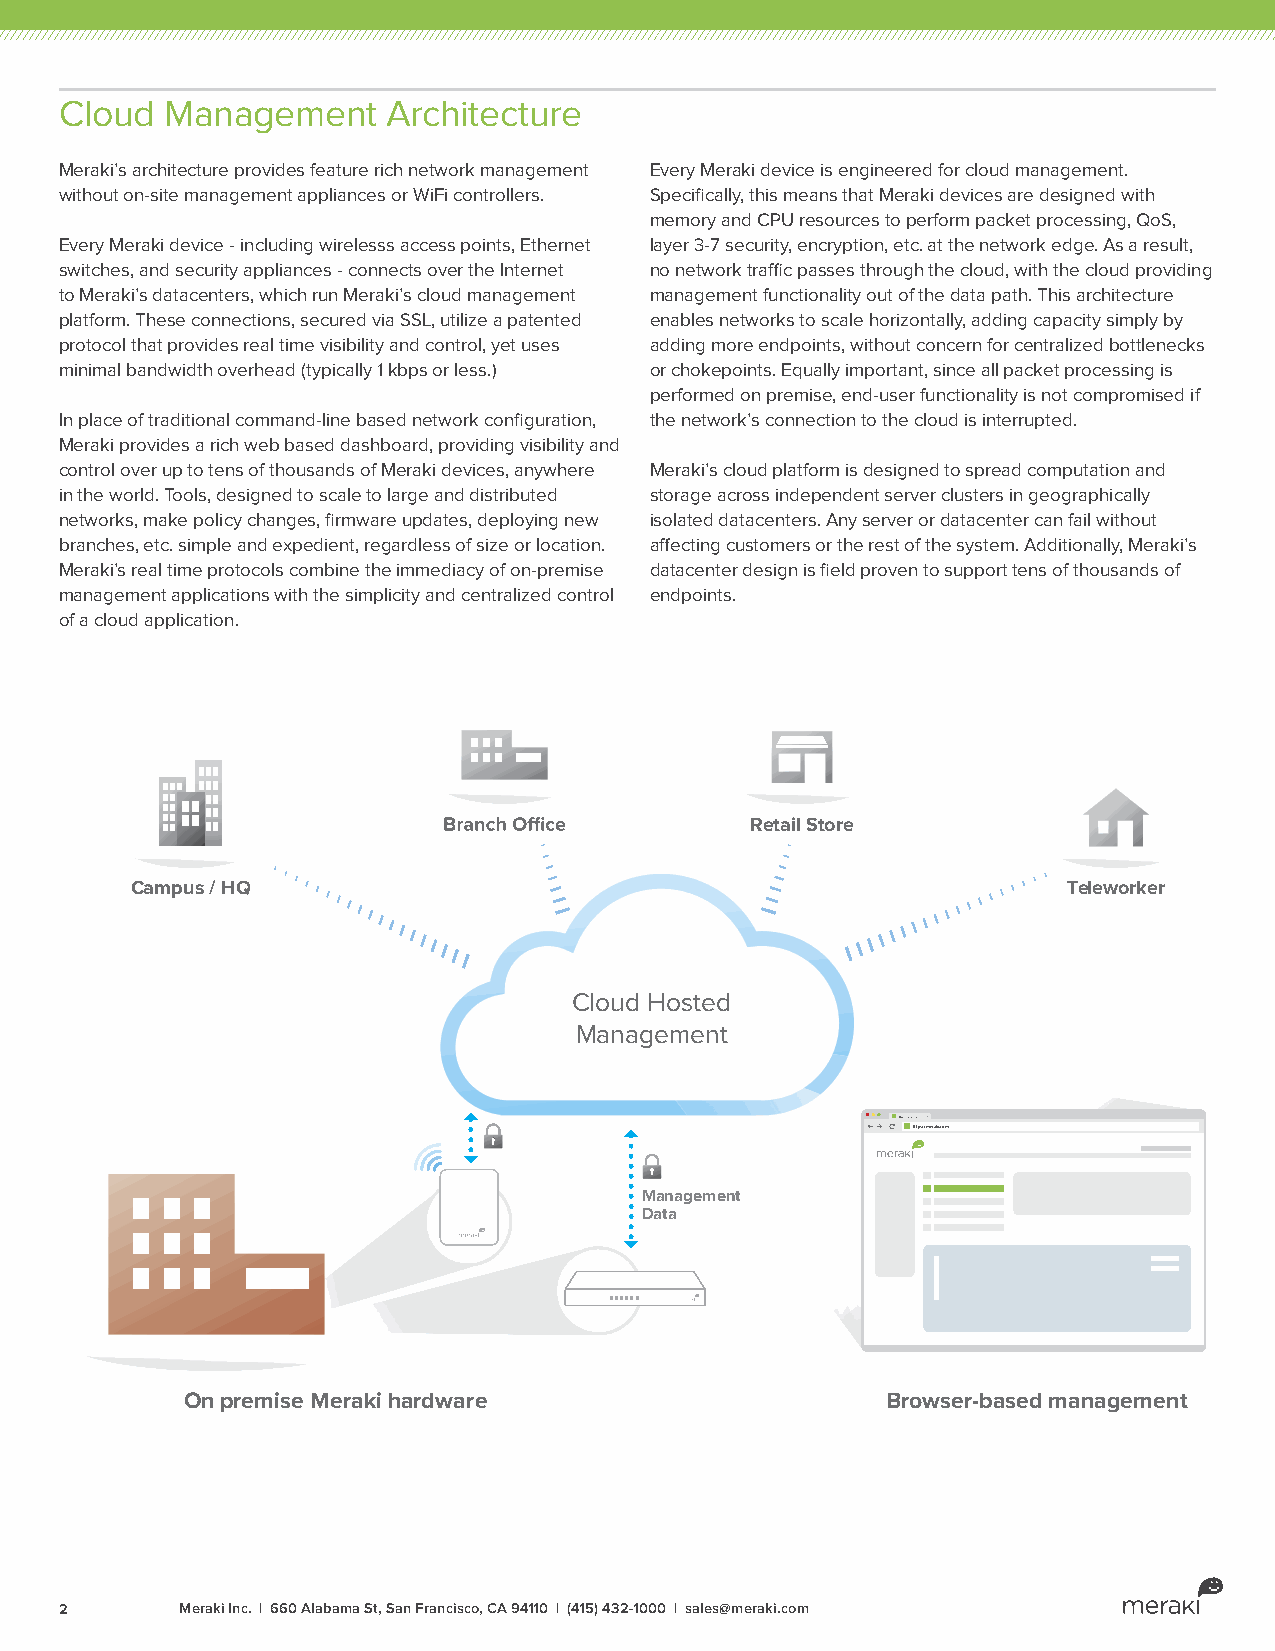
Cloud  Management     Architecture
 Meraki’s architecture provides feature rich network management Every Meraki device is engineered for cloud management.
 without on-site management appliances or WiFi controllers. Specifically, this means that Meraki devices are designed with
 memory and CPU resources to perform packet processing, QoS,
 Every Meraki device - including wirelesss access points, Ethernet layer 3-7 security, encryption, etc. at the network edge. As a result,
 switches, and security appliances - connects over the Internet no network traffic passes through the cloud, with the cloud providing
 to Meraki’s datacenters, which run Meraki’s cloud management management functionality out of the data path. This architecture
 platform. These connections, secured via SSL, utilize a patented enables networks to scale horizontally, adding capacity simply by
 protocol that provides real time visibility and control, yet uses adding more endpoints, without concern for centralized bottlenecks
 minimal bandwidth overhead (typically 1 kbps or less.) or chokepoints. Equally important, since all packet processing is
 performed on premise, end-user functionality is not compromised if
 In place of traditional command-line based network configuration, the network’s connection to the cloud is interrupted.
 Meraki provides a rich web based dashboard, providing visibility and
 control over up to tens of thousands of Meraki devices, anywhere Meraki’s cloud platform is designed to spread computation and
 in the world. Tools, designed to scale to large and distributed storage across independent server clusters in geographically
 networks, make policy changes, firmware updates, deploying new isolated datacenters. Any server or datacenter can fail without
 branches, etc. simple and expedient, regardless of size or location. affecting customers or the rest of the system. Additionally, Meraki’s
 Meraki’s real time protocols combine the immediacy of on-premise datacenter design is field proven to support tens of thousands of
 management applications with the simplicity and centralized control endpoints.
 of a cloud application.
 Retail Store
 Campus / HQ                                                   Teleworker
 Cloud Hosted
 Management
 http://meraki.com
 http://meraki.com
 Management
 Data
 On premise Meraki hardware                     Browser-based management
 2       Meraki Inc. | 660 Alabama St, San Francisco, CA 94110 | (415) 432-1000 | sales@meraki.com